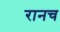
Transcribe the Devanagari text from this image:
रानच